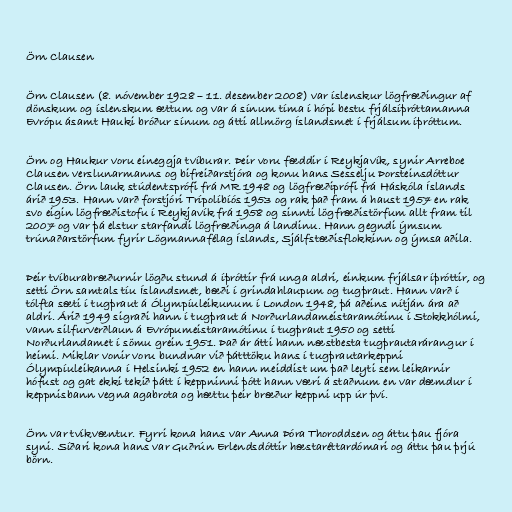
Örn Clausen

Örn Clausen (8. nóvember 1928 – 11. desember 2008) var íslenskur lögfræðingur af
dönskum og íslenskum ættum og var á sínum tíma í hópi bestu frjálsíþróttamanna
Evrópu ásamt Hauki bróður sínum og átti allmörg Íslandsmet í frjálsum íþróttum.

Örn og Haukur voru eineggja tvíburar. Þeir voru fæddir í Reykjavík, synir Arreboe
Clausen verslunarmanns og bifreiðarstjóra og konu hans Sesselju Þorsteinsdóttur
Clausen. Örn lauk stúdentsprófi frá MR 1948 og lögfræðiprófi frá Háskóla Íslands
árið 1953. Hann varð forstjóri Trípolíbíós 1953 og rak það fram á haust 1957 en rak
svo eigin lögfræðistofu í Reykjavík frá 1958 og sinnti lögfræðistörfum allt fram til
2007 og var þá elstur starfandi lögfræðinga á landinu. Hann gegndi ýmsum
trúnaðarstörfum fyrir Lögmannafélag Íslands, Sjálfstæðisflokkinn og ýmsa aðila.

Þeir tvíburabræðurnir lögðu stund á íþróttir frá unga aldri, einkum frjálsar íþróttir, og
setti Örn samtals tíu Íslandsmet, bæði í grindahlaupum og tugþraut. Hann varð í
tólfta sæti í tugþraut á Ólympíuleikunum í London 1948, þá aðeins nítján ára að
aldri. Árið 1949 sigraði hann í tugþraut á Norðurlandameistaramótinu í Stokkhólmi,
vann silfurverðlaun á Evrópumeistaramótinu í tugþraut 1950 og setti
Norðurlandamet í sömu grein 1951. Það ár átti hann næstbesta tugþrautarárangur í
heimi. Miklar vonir voru bundnar við þátttöku hans í tugþrautarkeppni
Ólympíuleikanna í Helsinki 1952 en hann meiddist um það leyti sem leikarnir
hófust og gat ekki tekið þátt í keppninni þótt hann væri á staðnum en var dæmdur í
keppnisbann vegna agabrota og hættu þeir bræður keppni upp úr því.

Örn var tvíkvæntur. Fyrri kona hans var Anna Þóra Thoroddsen og áttu þau fjóra
syni. Síðari kona hans var Guðrún Erlendsdóttir hæstaréttardómari og áttu þau þrjú
börn.